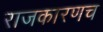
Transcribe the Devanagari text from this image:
राजकारणच